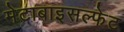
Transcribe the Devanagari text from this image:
मेटाबाइसल्फेट